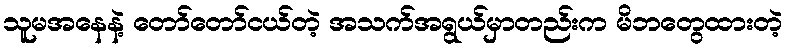
သူမအနေနဲ့ တော်တော်ငယ်တဲ့ အသက်အရွယ်မှာတည်းက မိဘတွေထားတဲ့